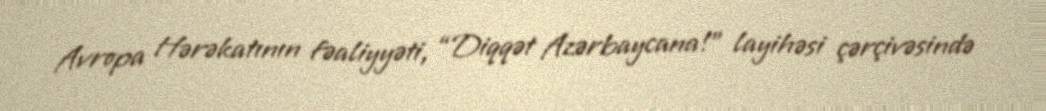
Avropa Hərəkatının fəaliyyəti, “Diqqət Azərbaycana!” layihəsi çərçivəsində